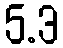
5.3